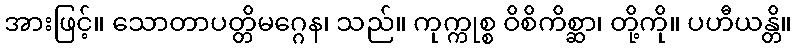
အားဖြင့်။ သောတာပတ္တိမဂ္ဂေန၊ သည်။ ကုက္ကုစ္စ ဝိစိကိစ္ဆာ၊ တို့ကို။ ပဟီယန္တိ။